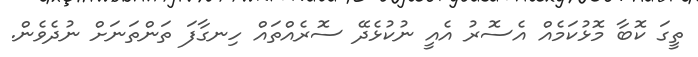
ތީގަ ކޮބާ މޮޅުކަމެއް އެސޮރު އެއީ ނުކުޅެދޭ ސޮރެއްތައް ހިނގާފަ ތަންތަނަށް ނުދެވެން.